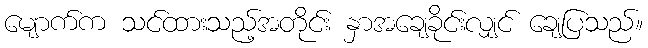
မျောက်က သင်ထားသည့်အတိုင်း နှာအချေခိုင်းလျှင် ချေပြသည်။